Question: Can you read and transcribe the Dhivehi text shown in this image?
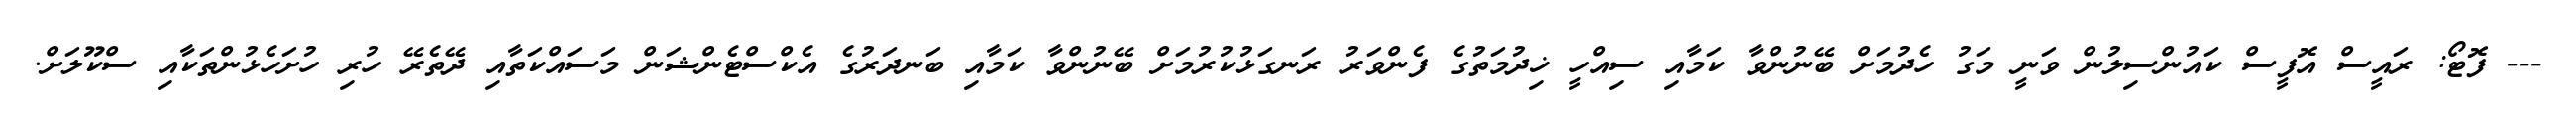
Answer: --- ފޮޓޯ: ރައީސް އޮފީސް ކައުންސިލުން ވަނީ މަގު ހެދުމަށް ބޭނުންވާ ކަމާއި ސިއްހީ ޚިދުމަތުގެ ފެންވަރު ރަނގަޅުކުރުމަށް ބޭނުންވާ ކަމާއި ބަނދަރުގެ އެކްސްޓެންޝަން މަސައްކަތާއި ދޭތެރޭ ހުރި ހުށަހެޅުންތަކާއި ސްކޫލަށް.